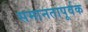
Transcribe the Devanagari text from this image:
समानतापूर्वक